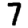
Digit: 7